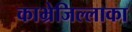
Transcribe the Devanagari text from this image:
काभ्रेजिल्लाका